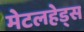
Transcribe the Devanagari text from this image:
मेटलहेड्स